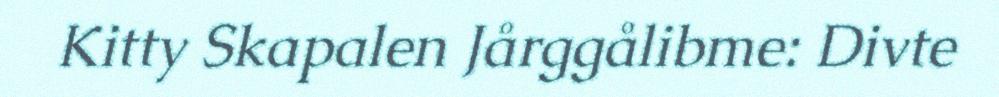
Kitty Skapalen Jårggålibme: Divte